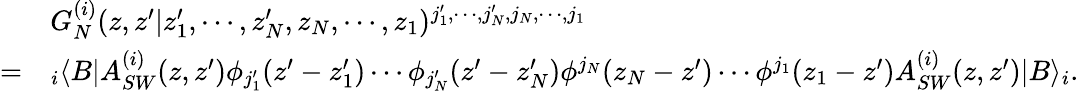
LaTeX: \begin{array}{cl}{{}}&{{G_{N}^{(i)}(z,z^{\prime}|z_{1}^{\prime},\cdots,z_{N}^{\prime},z_{N},\cdots,z_{1})^{j_{1}^{\prime},\cdots,j_{N}^{\prime},j_{N},\cdots,j_{1}}}}\\ {{=}}&{{{}_{i}\langle B|A_{SW}^{(i)}(z,z^{\prime})\phi_{j_{1}^{\prime}}(z^{\prime}-z_{1}^{\prime})\cdots\phi_{j_{N}^{\prime}}(z^{\prime}-z_{N}^{\prime})\phi^{j_{N}}(z_{N}-z^{\prime})\cdots\phi^{j_{1}}(z_{1}-z^{\prime})A_{SW}^{(i)}(z,z^{\prime})|B\rangle_{i}.}}\end{array}